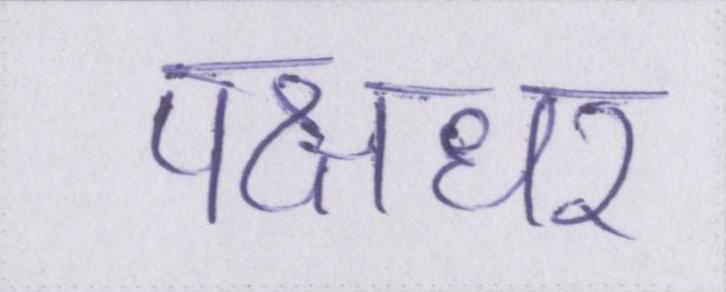
पक्षधर